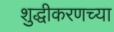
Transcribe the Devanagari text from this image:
शुद्धीकरणच्या